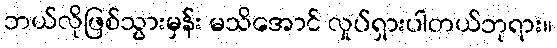
ဘယ်လိုဖြစ်သွားမှန်း မသိအောင် လှုပ်ရှားပါတယ်ဘုရား။